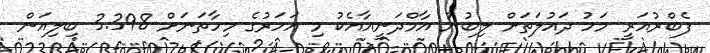
ފެބްރުއަރީ މަހު ދައުލަތަށް ލިބުނު އާމްދަނީއާއެކު މި އަހަރުގެ މިހާތަނަށް 3.398 ބިލިއަން